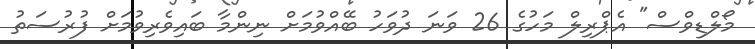
މޯލްޑިވްސް" އެޕްރިލް މަހުގެ 26 ވަނަ ދުވަހު ބޭއްވުމަށް ނިންމާ ބައިވެރިވުމަށް ފުރުސަތު